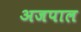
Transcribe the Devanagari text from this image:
अजपाल